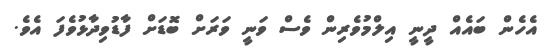
އެހެން ބައެއް ދީނީ އިލްމުވެރިން ވެސް ވަނީ ވަރަށް ބޮޑަށް ފާޑުވިދާޅުވެފަ އެވެ.